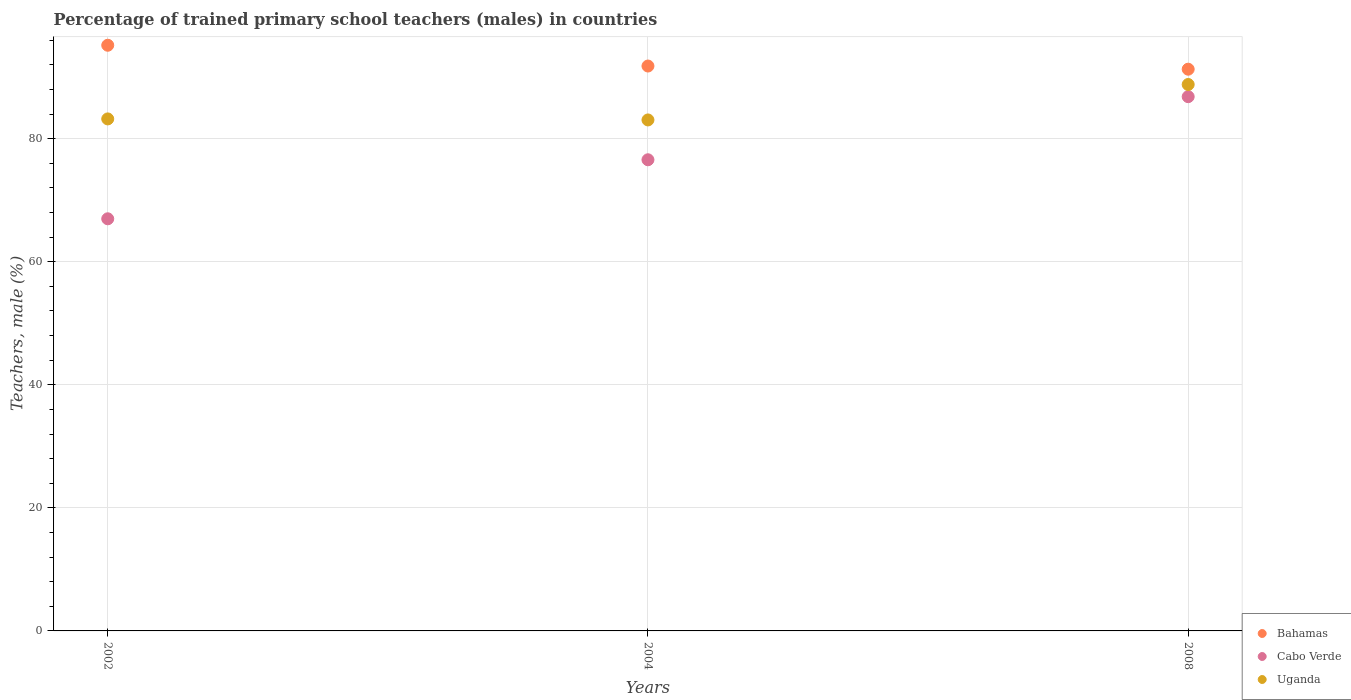
| Years | Bahamas | Cabo Verde | Uganda |
 | --- | --- | --- | --- |
 | 2002 | 95.2 | 67 | 83.2 |
 | 2004 | 91.8 | 76.6 | 83 |
 | 2008 | 91.3 | 86.8 | 88.8 |